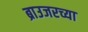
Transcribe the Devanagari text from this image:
ब्राउजरच्या